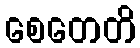
စေတေတိ